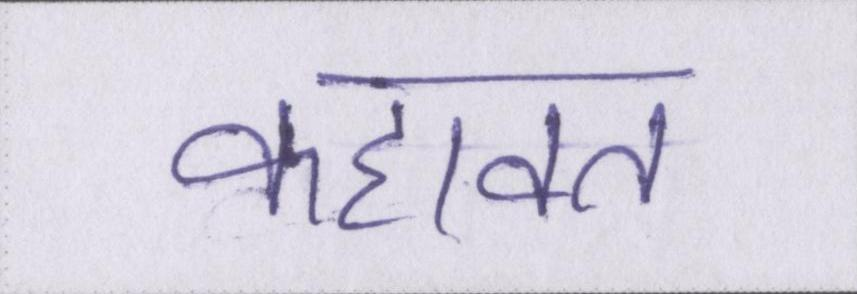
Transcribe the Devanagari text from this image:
कहावत